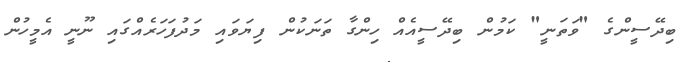
ބިދޭސީންގެ "ވަތަނީ" ކަމުން ބިދޭސީއެއް ހިންގާ ތަނަކުން ފިޔަވައި މަދުފަހަރެއްގައި ނޫނީ އެމީހުން